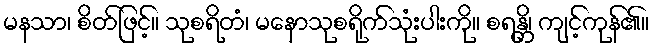
မနသာ၊ စိတ်ဖြင့်။ သုစရိတံ၊ မနောသုစရိုက်သုံးပါးကို။ စရန္တိ၊ ကျင့်ကုန်၏။